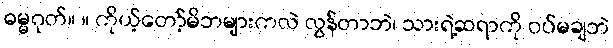
ဓမ္မဂုတ်။ ။ ကိုယ့်တော့်မိဘများကလဲ လွန်တာဘဲ၊ သားရဲ့ဆရာကို ဝပ်မချဘဲ